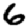
Digit: 6